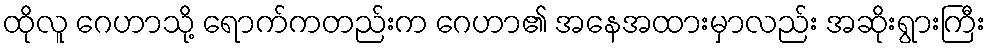
ထိုလူ ဂေဟာသို့ ရောက်ကတည်းက ဂေဟာ၏ အနေအထားမှာလည်း အဆိုးရွားကြီး